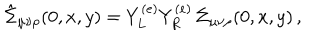
\hat { \Sigma } _ { \mu \nu \rho } ( 0 , x , y ) = Y _ { L } ^ { ( e ) } Y _ { R } ^ { ( e ) } \, \Sigma _ { \mu \nu \rho } ( 0 , x , y ) \, ,